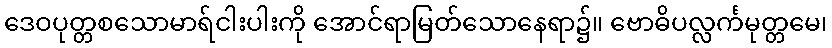
ဒေဝပုတ္တစသောမာရ်ငါးပါးကို အောင်ရာမြတ်သောနေရာ၌။ ဗောဓိပလ္လင်္ကမုတ္တမေ၊